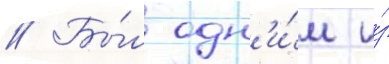
// Бы́л одн'и́м и́з